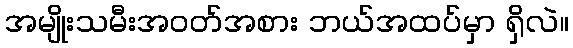
အမျိုးသမီးအဝတ်အစား ဘယ်အထပ်မှာ ရှိလဲ။